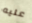
عليه